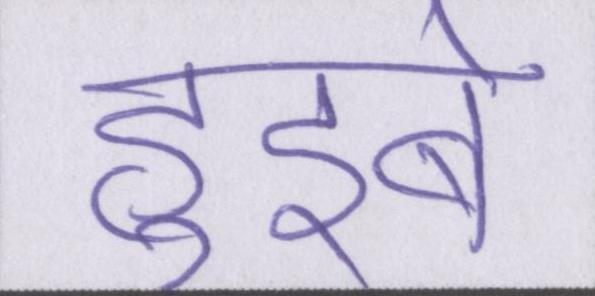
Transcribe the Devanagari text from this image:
हुइबे